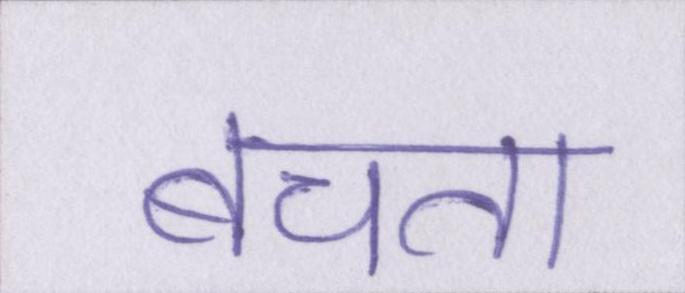
बचता